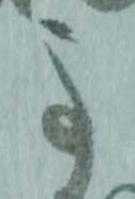
事